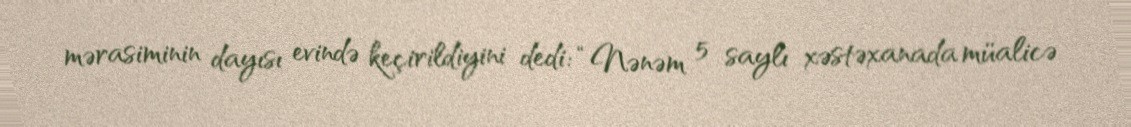
mərasiminin dayısı evində keçirildiyini dedi: “Nənəm 5 saylı xəstəxanada müalicə